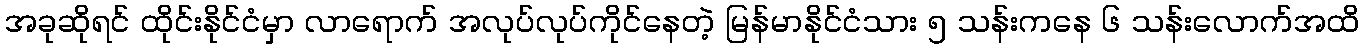
အခုဆိုရင် ထိုင်းနိုင်ငံမှာ လာရောက် အလုပ်လုပ်ကိုင်နေတဲ့ မြန်မာနိုင်ငံသား ၅ သန်းကနေ ၆ သန်းလောက်အထိ